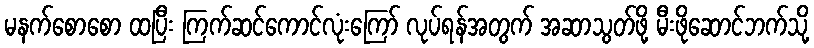
မနက်စောစော ထပြီး ကြက်ဆင်ကောင်လုံးကြော် လုပ်ရန်အတွက် အဆာသွတ်ဖို့ မီးဖိုဆောင်ဘက်သို့